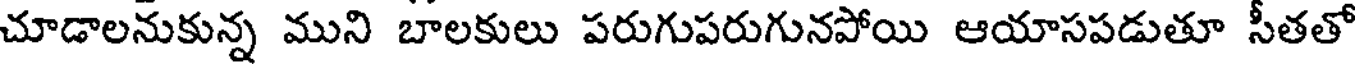
చూడాలనుకున్న ముని బాలకులు పరుగుపరుగునపోయి ఆయాసపడుతూ సీతతో